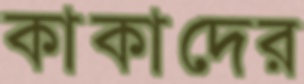
কাকাদের